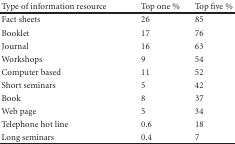
<table><thead><tr><td><b>Type of information resource</b></td><td><b>Top one %</b></td><td><b>Top five %</b></td></tr></thead><tbody><tr><td>Fact sheets</td><td>26</td><td>85</td></tr><tr><td>Booklet</td><td>17</td><td>76</td></tr><tr><td>Journal</td><td>16</td><td>63</td></tr><tr><td>Workshops</td><td>9</td><td>54</td></tr><tr><td>Computer based</td><td>11</td><td>52</td></tr><tr><td>Short seminars</td><td>5</td><td>42</td></tr><tr><td>Book</td><td>8</td><td>37</td></tr><tr><td>Web page</td><td>5</td><td>34</td></tr><tr><td>Telephone hot line</td><td>0.6</td><td>18</td></tr><tr><td>Long seminars</td><td>0.4</td><td>7</td></tr></tbody></table>